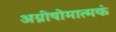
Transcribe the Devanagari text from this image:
अग्नीषोमात्मकं